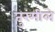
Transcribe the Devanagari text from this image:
तुरमीले